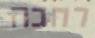
רחבה